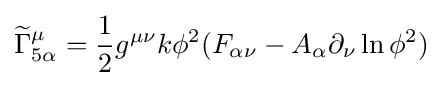
{\widetilde {\Gamma }}_{5\alpha }^{\mu }={\frac {1}{2}}g^{\mu \nu }k\phi ^{2}(F_{\alpha \nu }-A_{\alpha }\partial _{\nu }\ln \phi ^{2})